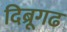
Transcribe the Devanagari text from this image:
दिब्रूगढ